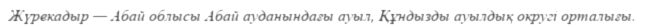
Жүрекадыр — Абай облысы Абай ауданындағы ауыл, Құндызды ауылдық округі орталығы.